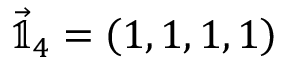
\vec { \mathbb { 1 } } _ { 4 } = \left( 1 , 1 , 1 , 1 \right)